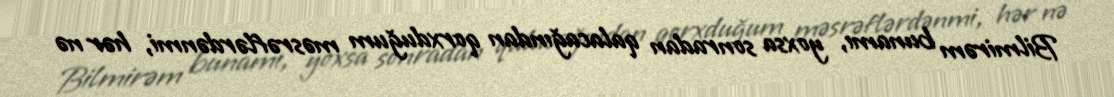
Bilmirəm bunamı, yoxsa sonradan qalacağından qorxduğum məsrəflərdənmi, hər nə